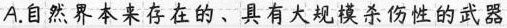
A.自然界本来存在的、具有大规模杀伤性的武器